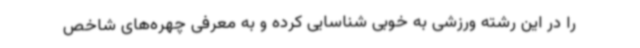
را در این رشته ورزشی به خوبی شناسایی کرده و به معرفی چهره‌های شاخص